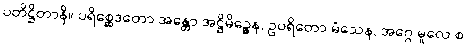
ပတိဋ္ဌိတာနိ။ ပရိစ္ဆေဒတော အန္တော အဋ္ဌိမိဉ္ဇေန, ဥပရိတော မံသေန, အဂ္ဂေ မူလေ စ